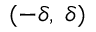
( - \delta , \; \delta )